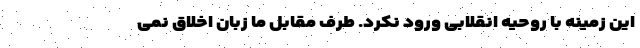
این زمینه با روحیه انقلابی ورود نکرد. طرف مقابل ما زبان اخلاق نمی